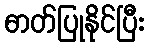
ဓာတ်ပြုနိုင်ပြီး